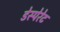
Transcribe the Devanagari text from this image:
डेस्पेरेट